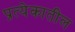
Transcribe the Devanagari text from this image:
प्रत्येकातील